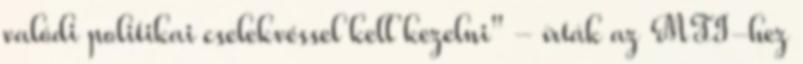
valódi politikai cselekvéssel kell kezelni" - írták az MTI-hez